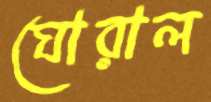
ঘোরাল